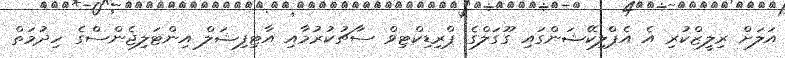
އަލަށް ރިލީޒްކުރި އެ އެޕްލިކޭޝަންގައި ގޫގަލްގެ ޕްރިޑިކްޓިވް ސާޗުކުރުމާއި އާޓިފިޝަލް އިންޓަލިޖެންސްގެ ހިދުމަތް